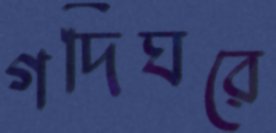
গদিঘরে